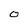
Character: O